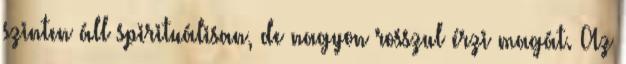
szinten áll spirituálisan, de nagyon rosszul érzi magát. Az